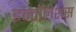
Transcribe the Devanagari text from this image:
इन्टॉलेशंस